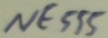
Text: NE555